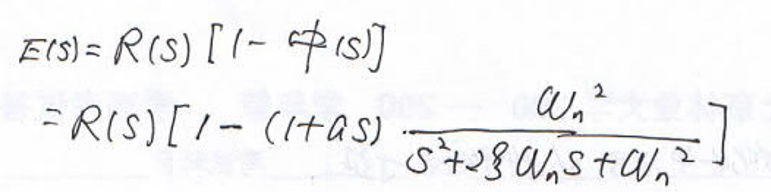
\[
\begin{align*}
E(s)&=R(s)[1 - \phi(s)]\\
&=R(s)\left[1-(1 + as)\cdot\frac{\omega_n^2}{s^2 + 2\zeta\omega_n s+\omega_n^2}\right]
\end{align*}
\]